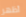
أظهر